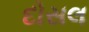
દોસલ